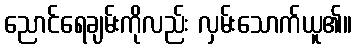
ညောင်ရေချမ်းကိုလည်း လှမ်းသောက်ယူ၏။